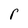
Character: r